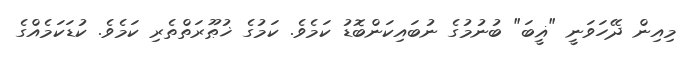
މިއިން ދޭހަވަނީ "ޣީބަ" ބުނުމުގެ ނުބައިކަންބޮޑު ކަމެވެ. ކަމުގެ ޚުޠޫރަތްތެރި ކަމެވެ. ކުޑަކަމެއްގެ